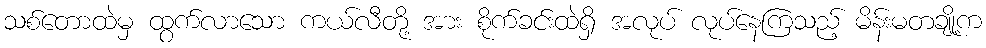
သစ်တောထဲမှ ထွက်လာသော ကယ်လီတို့ အား စိုက်ခင်းထဲရှိ အလုပ် လုပ်နေကြသည့် မိန်းမတချို့က